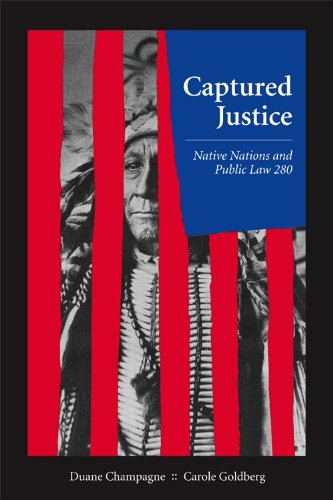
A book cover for Captured Justice: Native Nations and Public Law 280; Duane Champagne; Law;